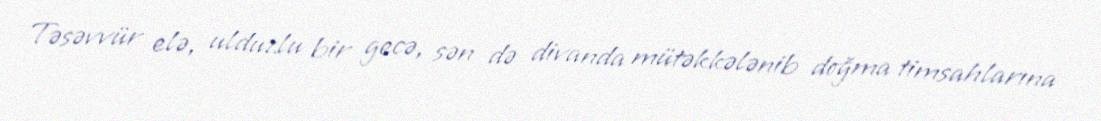
Təsəvvür elə, ulduzlu bir gecə, sən də divanda mütəkkələnib doğma timsahlarına